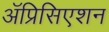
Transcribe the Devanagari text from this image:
ॲप्रिसिएशन